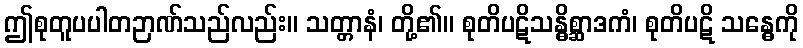
ဤစုတူပပါတဉာဏ်သည်လည်း။ သတ္တာနံ၊ တို့၏။ စုတိပဋိသန္ဓိစ္ဆာဒကံ၊ စုတိပဋိ သန္ဓေကို